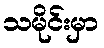
သမိုင်းမှာ